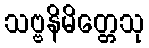
သဗ္ဗနိမိတ္တေသု